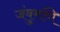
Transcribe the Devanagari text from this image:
जंबुमणि